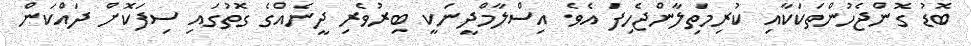
ބޮޑު ގޮންޖެހުންތަކަކާއި ކުރިމަތިލާންޖެހިފަ އެވެ. އިސްލާމްދީނަކީ ބިރުވެރި ދީނެއްގެ ގޮތުގައި ސިފަކޮށް ދައްކަން